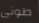
طونى